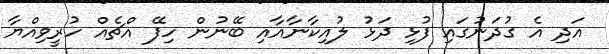
އަދި އެ ގުދަނުގައި ފުޅި ދަޅު ލުއިކާނާއާއި ބޭނުން ހިފޭ އްޗެއް ހުރީވިއްޔާ